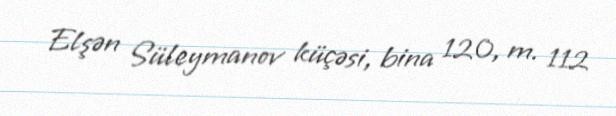
Elşən Süleymanov küçəsi, bina 120, m. 112